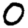
Digit: 0